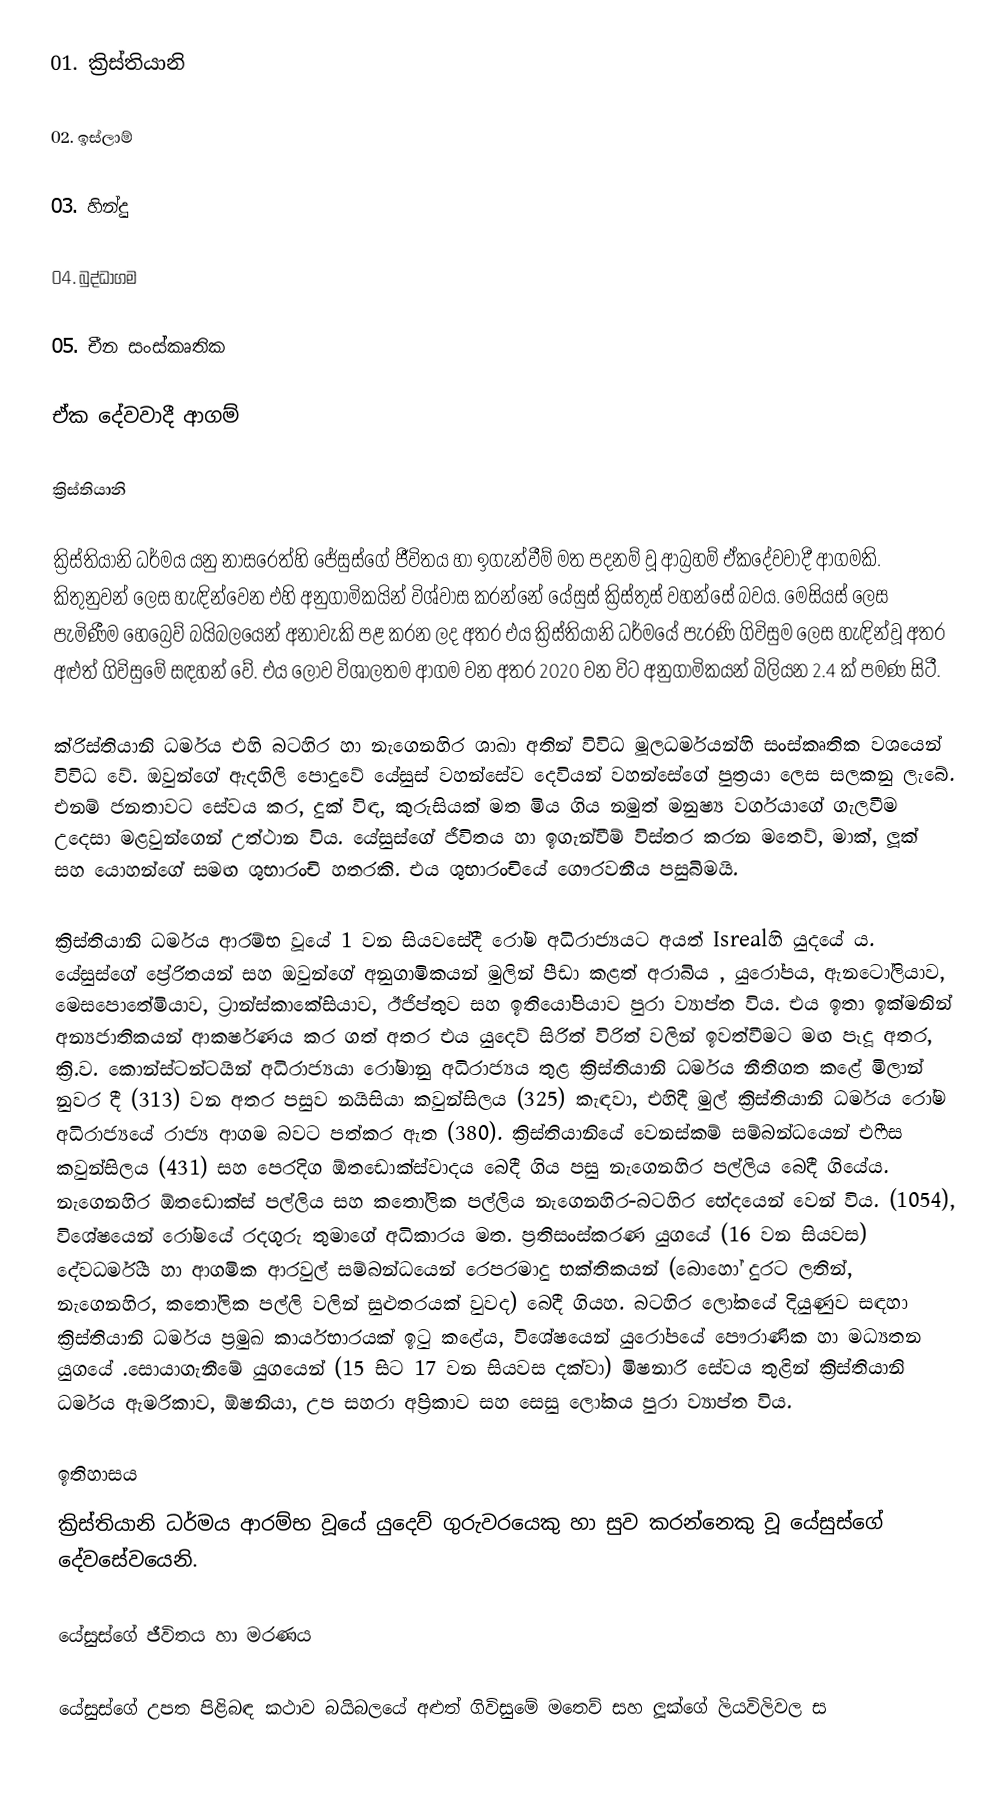
01. ක්‍රිස්තියානි

02. ඉස්ලාම්

03. හින්දු

04. බුද්ධාගම

05. චීන සංස්කෘතික

ඒක දේවවාදී ආගම්

ක්‍රිස්තියානි

ක්‍රිස්තියානි ධර්මය යනු නාසරෙත්හි ජේසුස්ගේ ජීවිතය හා ඉගැන්වීම් මත පදනම් වූ ආබ්‍රහම් ඒකදේවවාදී ආගමකි.  කිතුනුවන් ලෙස හැඳින්වෙන එහි අනුගාමිකයින් විශ්වාස කරන්නේ යේසුස් ක්‍රිස්තුස් වහන්සේ බවය. මෙසියස් ලෙස පැමිණීම හෙබ්‍රෙව් බයිබලයෙන් අනාවැකි පළ කරන ලද අතර එය ක්‍රිස්තියානි ධර්මයේ පැරණි ගිවිසුම ලෙස හැඳින්වූ අතර අළුත් ගිවිසුමේ සඳහන් වේ.  එය ලොව විශාලතම ආගම වන අතර 2020 වන විට අනුගාමිකයන් බිලියන 2.4 ක් පමණ සිටී.

ක්රිස්තියානි ධර්මය එහි බටහිර හා නැගෙනහිර ශාඛා අතින් විවිධ මූලධර්මයන්හි සංස්කෘතික වශයෙන් විවිධ වේ.  ඔවුන්ගේ ඇදහිලි පොදුවේ යේසුස් වහන්සේව දෙවියන් වහන්සේගේ පුත්‍රයා ලෙස සලකනු ලැබේ. එනම් ජනතාවට සේවය කර, දුක් විඳ, කුරුසියක් මත මිය ගිය නමුත් මනුෂ්‍ය වර්ගයාගේ ගැලවීම උදෙසා මළවුන්ගෙන් උත්ථාන විය.  යේසුස්ගේ ජීවිතය හා ඉගැන්වීම් විස්තර කරන මතෙව්, මාක්, ලූක් සහ යොහන්ගේ සමඟ ශුභාරංචි හතරකි. එය ශුභාරංචියේ ගෞරවනීය පසුබිමයි.

ක්‍රිස්තියානි ධර්මය ආරම්භ වූයේ 1 වන සියවසේදී රෝම අධිරාජ්‍ය⁣යට අයත් Isrealහි යුදයේ ය.  යේසුස්ගේ ප්‍රේරිතයන් සහ ඔවුන්ගේ අනුගාමිකයන් මුලින් පීඩා කළත් අරාබිය , යුරෝපය, ඇනටෝලියාව, මෙසපොතේමියාව, ට්‍රාන්ස්කාකේසියාව, ඊජිප්තුව සහ ඉතියෝපියාව පුරා ව්‍යාප්ත විය.  එය ඉතා ඉක්මනින් අන්‍යජාතිකයන් ආකර්ෂණය කර ගත් අතර එය යුදෙව් සිරිත් විරිත් වලින් ඉවත්වීමට මඟ පෑදූ අතර, ක්‍රි.ව.  කොන්ස්ටන්ටයින් අධිරාජ්‍යයා රෝමානු අධිරාජ්‍යය තුළ ක්‍රිස්තියානි ධර්මය නීතිගත කළේ මිලාන් නුවර දී (313) වන අතර පසුව නයිසියා කවුන්සිලය (325) කැඳවා, එහිදී මුල් ක්‍රිස්තියානි ධර්මය රෝම අධිරාජ්‍යයේ රාජ්‍ය ආගම බවට පත්කර ඇත (380).  ක්‍රිස්තියානියේ වෙනස්කම් සම්බන්ධයෙන් එෆීස කවුන්සිලය (431) සහ පෙරදිග ඕතඩොක්ස්වාදය බෙදී ගිය පසු නැගෙනහිර පල්ලිය බෙදී ගියේය. නැගෙනහිර ඕතඩොක්ස් පල්ලිය සහ කතෝලික පල්ලිය නැගෙනහිර-බටහිර භේදයෙන් වෙන් විය.  (1054), විශේෂයෙන් රෝමයේ රදගුරු තුමාගේ අධිකාරය මත.  ප්‍රතිසංස්කරණ යුගයේ (16 වන සියවස) දේවධර්මීය හා ආගමික ආරවුල් සම්බන්ධයෙන් රෙපරමාදු භක්තිකයන් (බොහෝ දුරට ලතින්, නැගෙනහිර, කතෝලික පල්ලි වලින් සුළුතරයක් වුවද) බෙදී ගියහ.  බටහිර ලෝකයේ දියුණුව සඳහා ක්‍රිස්තියානි ධර්මය ප්‍රමුඛ කාර්යභාරයක් ඉටු කළේය, විශේෂයෙන් යුරෝපයේ පෞරාණික හා මධ්‍යතන යුගයේ .සොයාගැනීමේ යුගයෙන් (15 සිට 17 වන සියවස දක්වා) මිෂනාරි සේවය තුළින් ක්‍රිස්තියානි ධර්මය ඇමරිකාව, ඕෂනියා, උප සහරා අප්‍රිකාව සහ සෙසු ලෝකය පුරා ව්‍යාප්ත විය.

ඉතිහාසය
ක්‍රිස්තියානි ධර්මය ආරම්භ වූයේ යුදෙව් ගුරුවරයෙකු හා සුව කරන්නෙකු වූ යේසුස්ගේ දේවසේවයෙනි.

යේසුස්ගේ ජීවිතය හා මරණය

යේසුස්ගේ උපත පිළිබඳ කථාව බයිබලයේ අළුත් ගිවිසුමේ මතෙව් සහ ලූක්ගේ ලියවිලිවල ස